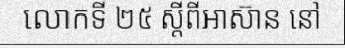
លោកទី ២៥ ស្តីពីអាស៊ាន នៅ